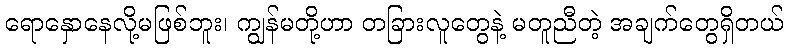
ရောနှောနေလို့မဖြစ်ဘူး၊ ကျွန်မတို့ဟာ တခြားလူတွေနဲ့ မတူညီတဲ့ အချက်တွေရှိတယ်